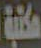
مكتبة